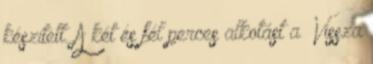
készített. A két és fél perces alkotást a „Vissza